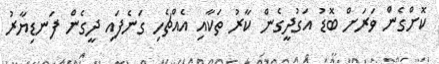
ކޮށްގެން ވަރަށް ބޮޑު އަގުދީގެން ކާރު ތަކާއި އެއްޗެހި ގަނެފައި ދީގެން ފަނޑިޔާރު